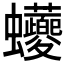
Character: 𲀖